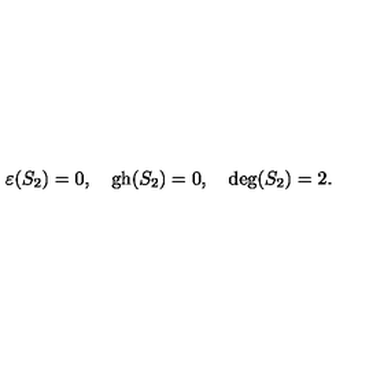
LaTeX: \varepsilon ( S _ { 2 } ) = 0 , \quad \mathrm { g h } ( S _ { 2 } ) = 0 , \quad \mathrm { d e g } ( S _ { 2 } ) = 2 .